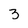
Character: 3